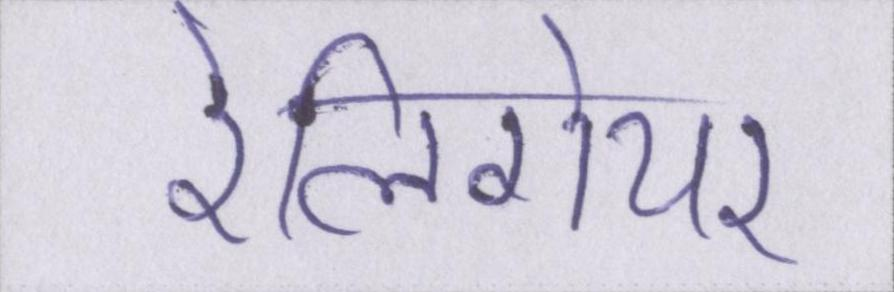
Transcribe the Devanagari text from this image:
रेलिगेयर